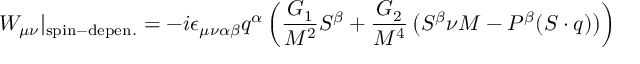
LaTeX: W _ { \mu \nu } | _ { \mathrm { s p i n - d e p e n . } } = - i \epsilon _ { \mu \nu \alpha \beta } q ^ { \alpha } \left( { \frac { G _ { 1 } } { M ^ { 2 } } } S ^ { \beta } + { \frac { G _ { 2 } } { M ^ { 4 } } } \left( S ^ { \beta } \nu M - P ^ { \beta } ( S \cdot q ) \right) \right)